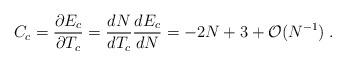
LaTeX: \begin{align*}C_c=\frac{\partial E_c}{\partial T_c}=\frac{dN}{dT_c}\frac{dE_c}{dN}=-2N+3+{\cal O}(N^{-1}) \; .\end{align*}